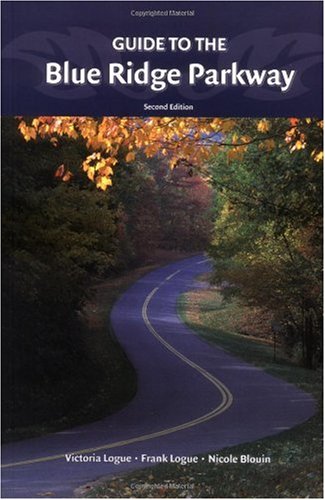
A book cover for Guide to the Blue Ridge Parkway; Victoria Logue; Travel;